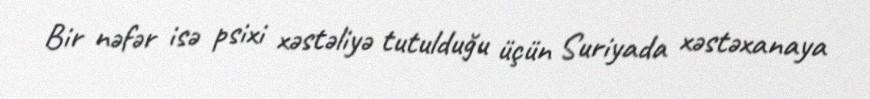
Bir nəfər isə psixi xəstəliyə tutulduğu üçün Suriyada xəstəxanaya